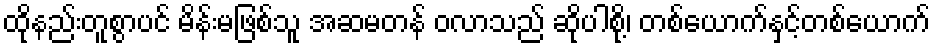
ထိုနည်းတူစွာပင် မိန်းမဖြစ်သူ အဆမတန် ဝလာသည် ဆိုပါစို့၊ တစ်ယောက်နှင့်တစ်ယောက်